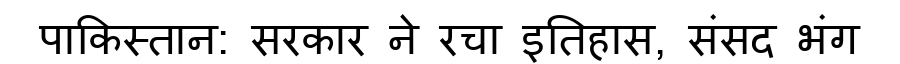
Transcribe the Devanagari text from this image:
पाकिस्तान: सरकार ने रचा इतिहास, संसद भंग